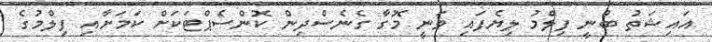
އައިޝަތު ބުނީ ފިލްމު ލިޔެފައި ވަނީ މޮގާ ގެނެސްދިން ކޮންސެޕްޓަކަށް ކަމަށާއި ފިލްމުގެ